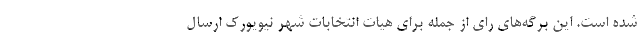
شده است. این برگه‌های رای از جمله برای هیات انتخابات شهر نیویورک ارسال